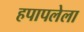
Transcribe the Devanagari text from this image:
हपापलेला